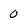
Character: 0